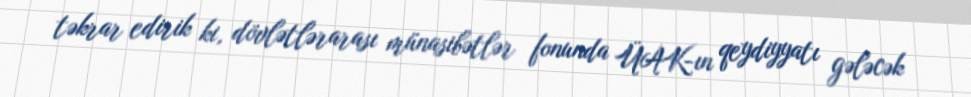
təkrar edirik ki, dövlətlərarası münasibətlər fonunda ÜAK-ın qeydiyyatı gələcək